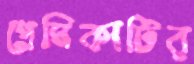
প্রেমিকাটির